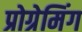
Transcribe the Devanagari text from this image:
प्रोग्रेमिंग